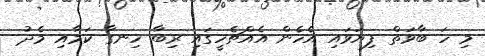
މި ހަ ބާވަތް ފިޔަވައި އެހެން އެއްޗެހީގައި ރިބާ ހިނގާ ކަމާއި މެދު